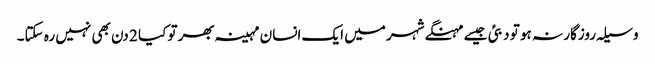
وسیلہ روزگار نہ ہو تو دبئی جیسے مہنگے شہر میں ایک انسان مہینہ بھر تو کیا 2 دن بھی نہیں رہ سکتا۔